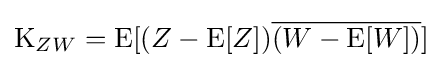
\operatorname {K} _{ZW}=\operatorname {E} [(Z-\operatorname {E} [Z]){\overline {(W-\operatorname {E} [W])}}]